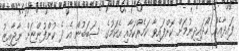
ފައިދާއެއް ހޯދައިދިނުމަށް ކޮށްފައިވާ ކަމެއްކަމާއި އެކަމުގެ ސަބަބުން އެ ދެ ކުންފުންޏަށް ނާޖާއިޒު